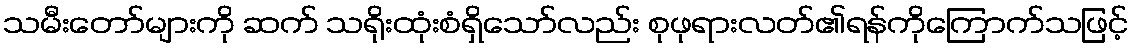
သမီးတော်များကို ဆက် သရိုးထုံးစံရှိသော်လည်း စုဖုရားလတ်၏ရန်ကိုကြောက်သဖြင့်